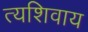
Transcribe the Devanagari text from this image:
त्यशिवाय